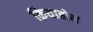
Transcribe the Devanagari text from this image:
क्रियाहोने